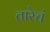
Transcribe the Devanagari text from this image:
तारेचं